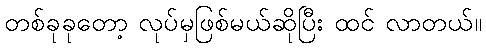
တစ်ခုခုတော့ လုပ်မှဖြစ်မယ်ဆိုပြီး ထင် လာတယ်။